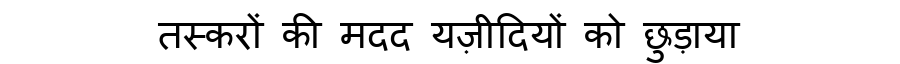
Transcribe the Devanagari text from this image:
तस्करों की मदद यज़ीदियों को छुड़ाया